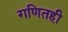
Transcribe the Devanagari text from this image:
गणितही